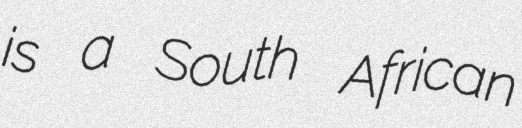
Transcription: is a South African